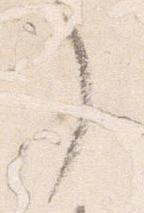
了